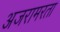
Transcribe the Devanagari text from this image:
अजरामरता